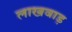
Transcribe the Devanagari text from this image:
लाखवाड़